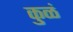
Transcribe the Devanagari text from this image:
कुळं